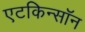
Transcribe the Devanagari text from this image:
एटकिन्सॉन